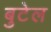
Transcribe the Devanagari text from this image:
बुटेल